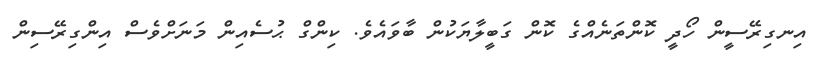
އިނގިރޭސީން ހޯދީ ކޮންތަނެއްގެ ކޮން ގަބީލާޔަކުން ބާވައެވެ. ކިންގް ޙުސެއިން މަނަށްވެސް އިންގިރޭސިން